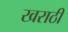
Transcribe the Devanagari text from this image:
खराठी